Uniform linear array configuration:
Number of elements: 8
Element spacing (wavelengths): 0.75
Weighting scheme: uniform
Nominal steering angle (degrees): -60
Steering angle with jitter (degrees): -60.388
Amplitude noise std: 0.05
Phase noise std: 0.05

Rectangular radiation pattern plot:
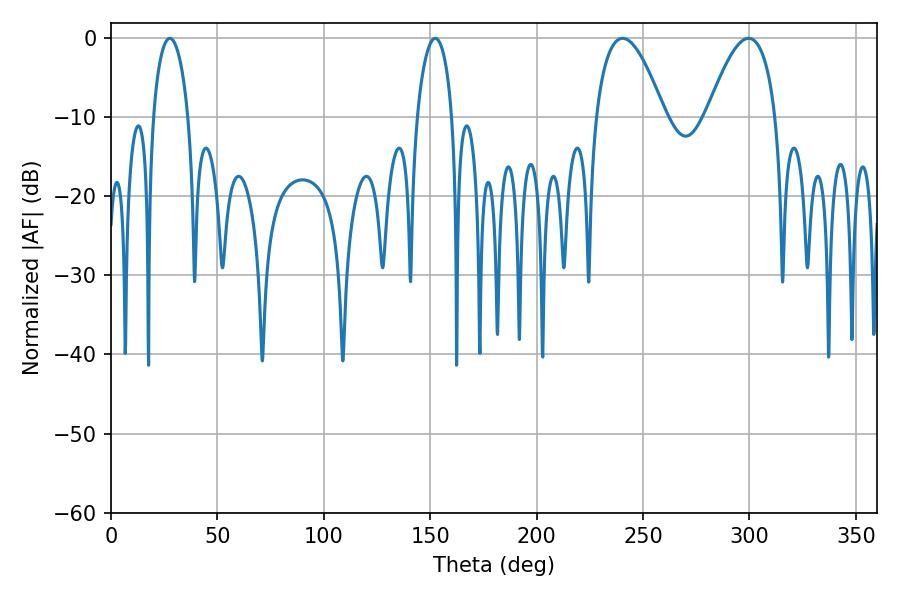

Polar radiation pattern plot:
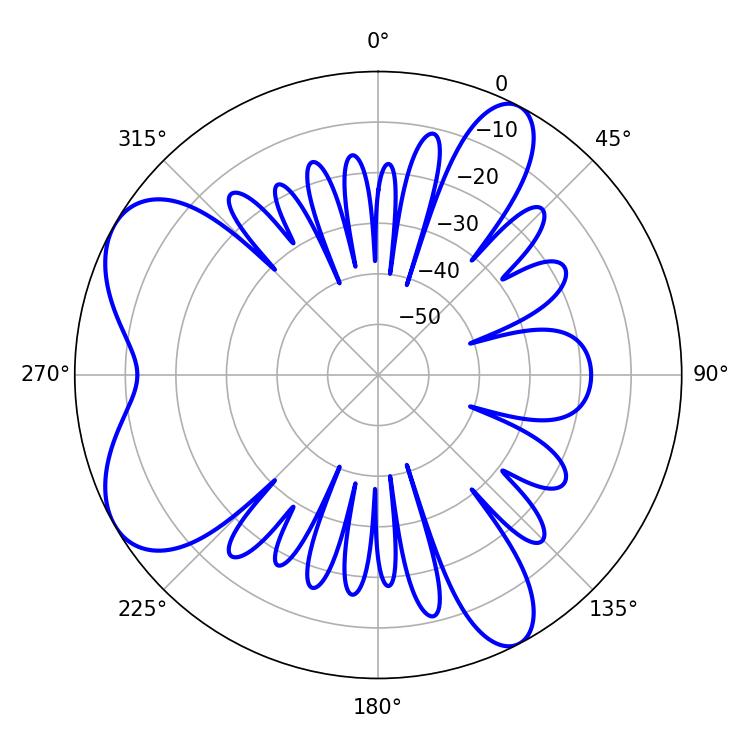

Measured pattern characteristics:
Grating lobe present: TRUE
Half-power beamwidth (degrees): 17.82
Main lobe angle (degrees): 240.48